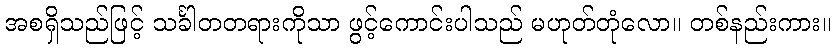
အစရှိသည်ဖြင့် သင်္ခါတတရားကိုသာ ဖွင့်ကောင်းပါသည် မဟုတ်တုံလော။ တစ်နည်းကား။